Report on sanitation, dispensaries, and jails in Rajputana for 1910, and on vaccination for the year 1910-1911 - 1910-1911
Year: 1910
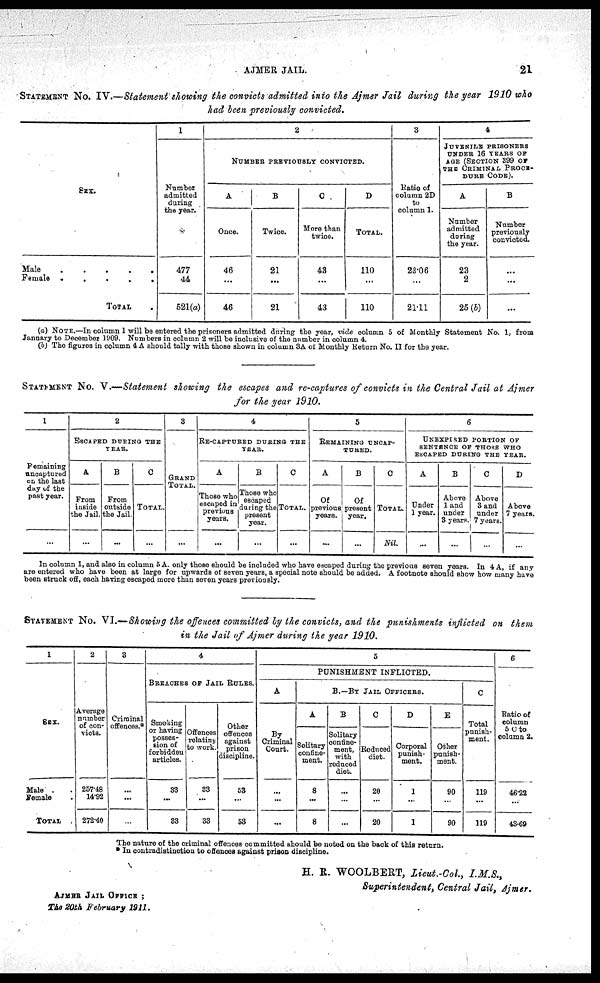
AJMER JAIL.
21
STATEMENT No. IV.—Statement showing the convicts admitted into the Ajmer Jail during the year 1910 who
had been previously convicted.
SEX.
Male
. . . . .
Female .
.
.
.
.
TOTAL
1
Number
admitted
during
the year.
477
44
521(a)
2
NUMBER PREVIOUSLY CONVICTED.
A
Once.
46
...
46
B
Twice.
21
...
21
C
More than
twice.
43
...
43
D
TOTAL.
110
...
110
3
Ratio of
column 2D
to
column 1.
23.06
...
21.11
4
JUVENILE PRISONERS
UNDER 16 YEARS OF
AGE (SECTION 399 OF
THE CRIMINAL PROCE-
---- CODE).
A
Number
admitted
during
the year.
23
2
25 (b)
B
Number
previously
convicted.
...
...
...
(a) NOTE.—In column 1 will be entered the prisoners admitted during the year, vide column 5 of Monthly Statement No. 1, from
January to December 1909. Numbers in column 2 will be inclusive of the number in column 4.
(b) The figures in column 4 A should tally with those shown in column 3A of Monthly Return No. II for the year.
STATEMENT No. V.—Statement showing the escapes and re-captures of convicts in the Central Jail at Ajmer
for the year 1910.
1
Remaining
uncaptured
on the last
day of the
past year.
...
2
ESCAPED DURING THE
YEAR.
A
From
inside
the Jail.
...
B
From
outside
the Jail.
...
C
TOTAL.
...
3
GRAND
TOTAL.
...
4
RE-CAPTURED DURING THE
YEAR.
A
Those who
escaped in
previous
years.
...
B
Those who
escaped
during the
present
year.
...
C
TOTAL.
...
5
REMAINING UNCAP-
TURED.
A
Of
previous
years.
...
B
Of
present
year.
...
C
TOTAL.
Nil.
6
UNEXPIRED PORTION OF
SENTENCE OF THOSE WHO
ESCAPED DURING THE YEAR.
A
Under
1 year.
...
B
Above
1 and
under
3 years.
...
C
Above
3 and
under
7 years.
...
D
Above
7 years.
In column 1, and also in column 5 A. only those should be included who have escaped during the previous seven years. In 4 A, if any
are entered who have been at large for upwards of seven years, a special note should be added. A footnote should show how many have
been struck off, each having escaped more than seven years previously.
STATEMENT No. VI.— Showing the offences committed by the convicts, and the punishments inflicted on them
in the Jail of Ajmer during the year 1910.
1
SEX.
Male
Female
TOTAL
2
Average
number
of con¬
victs.
257.48
14.92
272.40
3
Criminal
offences.*
...
...
...
4
BRANCHES OF JAIL RULES.
Smoking
or having
posses-
sion of
forbidden
articles.
33
...
33
Offences
relating
to work.
33
...
33
Other
offences
against
prison
discipline.
53
...
53
5
PUNISHMENT INFLICTED.
A
By
Criminal
Court.
...
...
...
B.—BY JAIL OFFICERS.
A
Solitary
confine-
ment.
8
...
8
B
Solitary
confine-
ment,
with
reduced
diet.
...
...
...
C
Reduced
diet.
20
...
20
D
Corporal
punish-
ment.
1
...
1
E
Other
punish-
ment.
90
...
90
C
Total
punish-
ment.
119
...
119
6
Ratio of
column
5 C to
column 2.
46.22
...
43.69
The nature of the criminal offences committed should be noted on the back of this return.
* In contradistinction to offences against prison discipline.
H. R. WOOLBERT, Lieut.-Col., I.M.S.,
Superintendent, Central Jail, Ajmer.
AJMER JAIL OFFICE ;
The 20th February
1911.